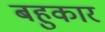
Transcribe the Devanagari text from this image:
बहुकार